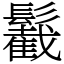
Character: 䰏